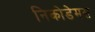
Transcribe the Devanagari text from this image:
निकोडेमस